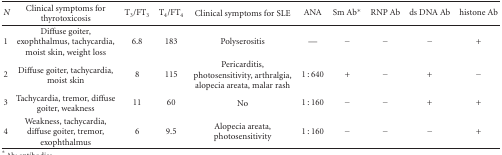
| N | Clinical symptoms for thyrotoxicosis | T3/FT3 | T4/FT4 | Clinical symptoms for SLE | ANA | Sm Ab* | RNP Ab | ds DNA Ab | histone Ab |
 | --- | --- | --- | --- | --- | --- | --- | --- | --- | --- |
 | 1 | Diffuse goiter, exophthalmus, tachycardia, moist skin, weight loss | 6.8 | 183 | Polyserositis | — | − | − | − | + |
 | 2 | Diffuse goiter, tachycardia, moist skin | 8 | 115 | Pericarditis, photosensitivity, arthralgia, alopecia areata, malar rash | 1 : 640 | + | − | + | − |
 | 3 | Tachycardia, tremor, diffuse goiter, weakness | 11 | 60 | No | 1 : 160 | − | − | + | + |
 | 4 | Weakness, tachycardia, diffuse goiter, tremor, exophthalmus | 6 | 9.5 | Alopecia areata, photosensitivity | 1 : 160 | − | − | − | + |